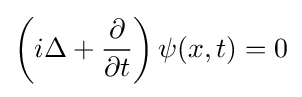
\left(i\Delta +{\frac {\partial }{\partial t}}\right)\psi (x,t)=0